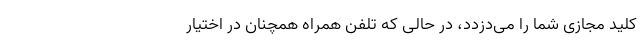
کلید مجازی شما را می‌دزدد، در حالی که تلفن همراه همچنان در اختیار